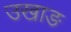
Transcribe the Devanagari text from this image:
उखाङ